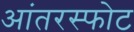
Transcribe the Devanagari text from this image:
आंतरस्फोट